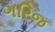
ગરિજ